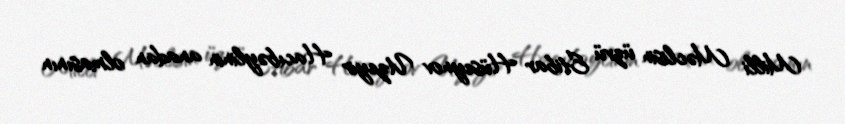
Milli Məclisin üzvü Etibar Hüseynov Uzeyir Hacıbəylinin anadan olmasının